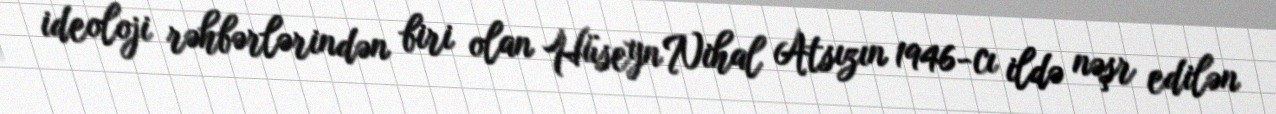
ideoloji rəhbərlərindən biri olan Hüseyn Nihal Atsızın 1946-cı ildə nəşr edilən